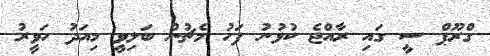
ގްރޫޕް ސީ ގައި ރާއްޖެ ކުޅުނު ފަހު މެޗުން ބަލިވީ މިއަދު ހަވީރު